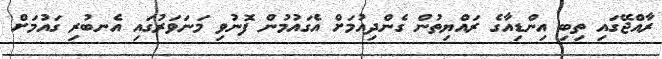
ރާއްޖޭގައި ތިބި އިންޑިއާގެ ރައްޔިތުން ގެންދިއުމަށް އެގައުމުން ފޮނުވި މަނަވަރުގައި އެނބުރި ގައުމަށް